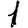
Digit: 1